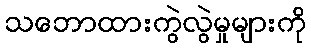
သဘောထားကွဲလွဲမှုများကို